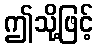
ဤသို့ဖြင့်